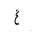
Letter: _gayn